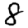
Digit: 8